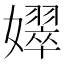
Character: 𡣝